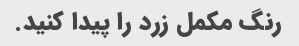
رنگ مکمل زرد را پیدا کنید.